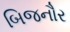
બિજનૌર